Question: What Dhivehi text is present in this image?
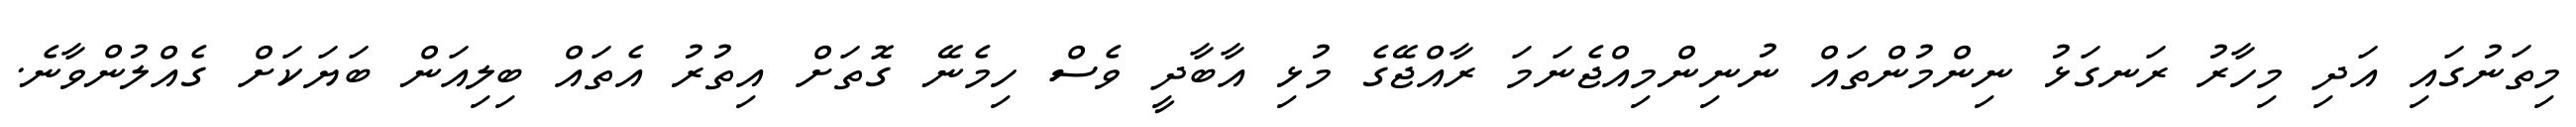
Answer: މިތަނުގައި އަދި މިހާރު ރަނގަޅު ނިންމުންތައް ނުނިންމިއްޖެނަމަ ރާއްޖޭގެ މުޅި އާބާދީ ވެސް ހިމެނޭ ގޮތަށް އިތުރު އެތައް ބިލިއަން ބަޔަކަށް ގެއްލުންވާނެ.